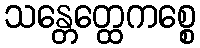
သန္တေတ္ထေကစ္စေ